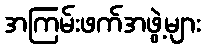
အကြမ်းဖက်အဖွဲ့များ